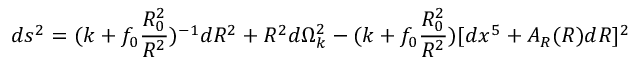
d s ^ { 2 } = ( k + f _ { 0 } \frac { R _ { 0 } ^ { 2 } } { R ^ { 2 } } ) ^ { - 1 } d R ^ { 2 } + R ^ { 2 } d \Omega _ { k } ^ { 2 } - ( k + f _ { 0 } \frac { R _ { 0 } ^ { 2 } } { R ^ { 2 } } ) [ d x ^ { 5 } + A _ { R } ( R ) d R ] ^ { 2 }